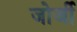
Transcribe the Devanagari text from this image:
जोर्जी